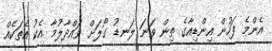
އެންމެ ފަހުން އިންޑިއާގެ ތިން ވަނަ ލަނޑު ގޯލަށް ވައްދާލުމާ އެކު އެތަކެއް